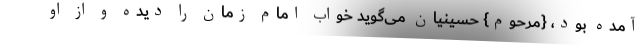
آمده بود، {مرحوم} حسینیان می‌گوید خواب امام زمان را دیده و از او